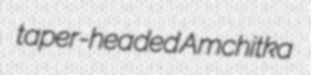
taper-headed Amchitka